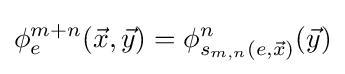
\phi _{e}^{m+n}({\vec {x}},{\vec {y}})=\phi _{s_{m,n}{(e,{\vec {x}})}}^{n}({\vec {y}})